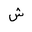
Letter: _shin